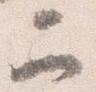
二